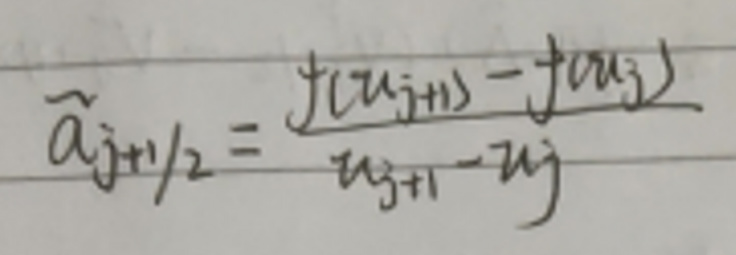
\[
\widetilde{a}_{j + 1/2} = \frac{f(u_{j+1}) - f(u_j)}{u_{j + 1} - u_j}
\]